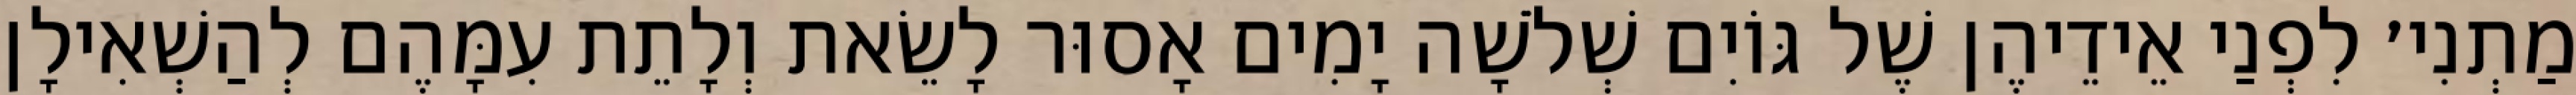
מַתְנִי׳ לִפְנַי אֵידֵיהֶן שֶׁל גּוֹיִם שְׁלֹשָׁה יָמִים אָסוּר לָשֵׂאת וְלָתֵת עִמָּהֶם לְהַשְׁאִילָן